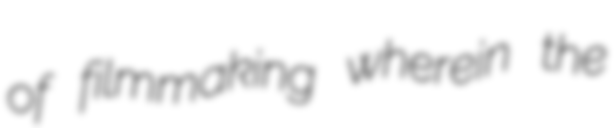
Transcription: of filmmaking wherein the